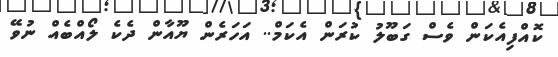
ކޮއްފިއެކަން ވެސް ގަބޫލު ކުރަން އެކަމް.. އަހަރެން ޔޫއާން ދެކެ ލޯއްބެއް ނުވޭ